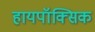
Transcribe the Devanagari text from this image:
हायपॉक्सिक